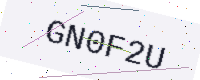
Text: GN0F2U